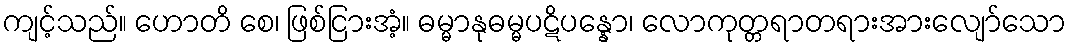
ကျင့်သည်။ ဟောတိ စေ၊ ဖြစ်ငြားအံ့။ ဓမ္မာနုဓမ္မပဋိပန္နော၊ လောကုတ္တရာတရားအားလျော်သော